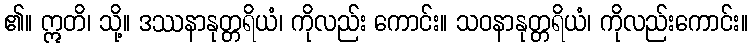
၏။ ဣတိ၊ သို့။ ဒဿနာနုတ္တရိယံ၊ ကိုလည်း ကောင်း။ သဝနာနုတ္တရိယံ၊ ကိုလည်းကောင်း။